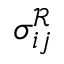
{ \sigma _ { i j } ^ { \mathcal { R } } }